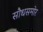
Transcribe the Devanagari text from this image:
सौधसमोर